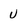
Character: U